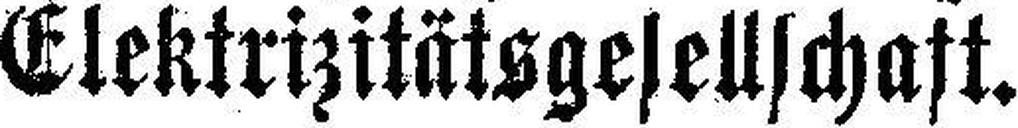
Elektrizitätsgesellschaft.